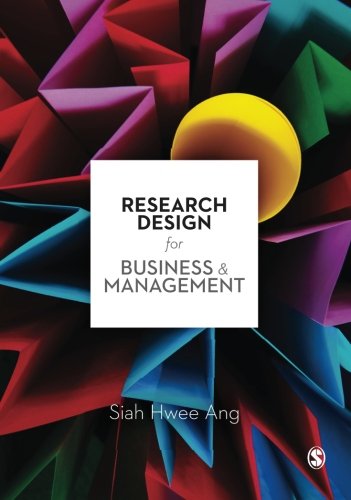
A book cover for Research Design for Business & Management; Siah Hwee Ang; Business & Money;